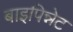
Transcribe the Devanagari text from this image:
बाइपिन्नेट